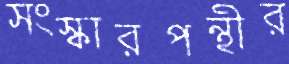
সংস্কারপন্থীর